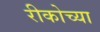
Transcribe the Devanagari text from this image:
रीकोच्या